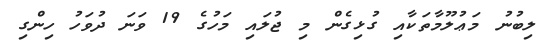
ލިބުނު މަޢުލޫމާތަކާއި ގުޅިގެން މި ޖުލައި މަހުގެ 19 ވަނަ ދުވަހު ހިންގި